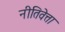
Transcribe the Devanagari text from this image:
नीतिवेत्ता